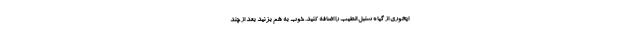
ایخوری از گیاه سنبل الطیب را اضافه کنید. خوب به هم بزنید بعد از چند